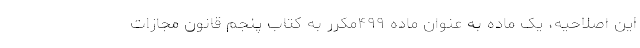
این اصلاحیه، یک ماده به عنوان ماده ۴۹۹مکرر به کتاب پنجم قانون مجازات